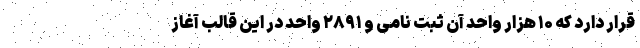
قرار دارد که ۱۰ هزار واحد آن ثبت نامی و ۲۸۹۱ واحد در این قالب آغاز